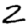
Digit: 2